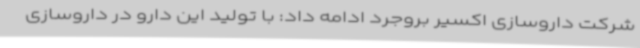
شرکت داروسازی اکسیر بروجرد ادامه داد: با تولید این دارو در داروسازی